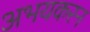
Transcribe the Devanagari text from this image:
अभयकरन